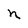
Character: n